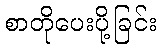
စာတိုပေးပို့ခြင်း